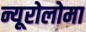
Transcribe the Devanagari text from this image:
न्यूरोलोमा